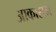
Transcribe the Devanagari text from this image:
आकासम